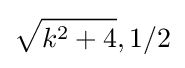
{\sqrt {k^{2}+4}},1/2